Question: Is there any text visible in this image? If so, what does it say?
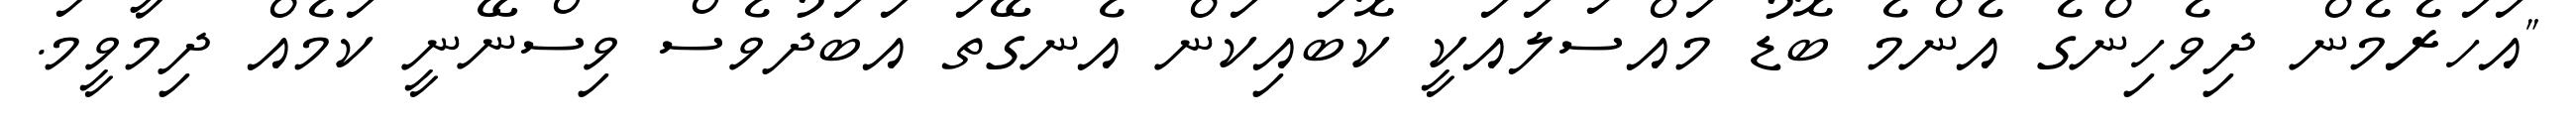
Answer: "އަހަރެމެން ދިވެހިންގެ އެންމެ ބޮޑު މައްސަލައަކީ ކޮބައިކަން އެނގޭތަ އަބަދުވެސް ވިސްނޭނީ ކަމެއް ދިމާވީމަ.